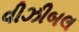
વીઝીબલ